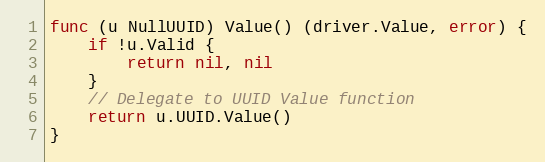
Language: Go
func (u NullUUID) Value() (driver.Value, error) {
	if !u.Valid {
		return nil, nil
	}
	// Delegate to UUID Value function
	return u.UUID.Value()
}